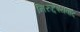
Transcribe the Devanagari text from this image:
निरुद्देश्यवाद